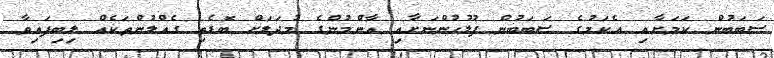
ސަބަބުން ކަމަށާއި އެކަމުގެ ސަބަބުން ފުލުހުންނަށާއި އާންމުންގެ މުދަލަށް ބޮޑެތި ގެއްލުންތަކެއް ލިބިފައިވާ